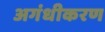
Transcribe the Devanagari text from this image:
अगंधीकरण